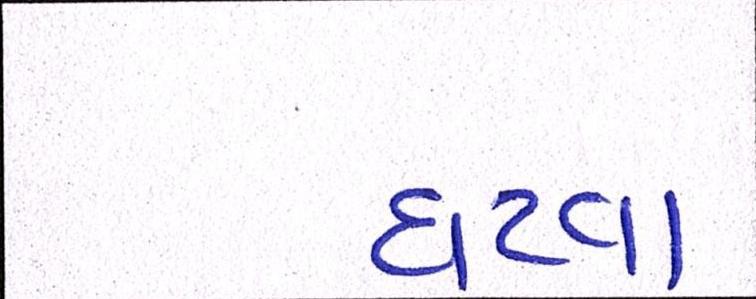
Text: ઘટવા